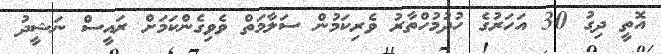
އޮތީ ދިގު 30 އަހަރުގެ ހުދުމުހްތާރު ވެރިކަމުން ސަލާމަތް ވެވިގެންކަމަށް ރައީސް ނަޝީދު